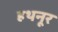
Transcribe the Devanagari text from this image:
हथनूर